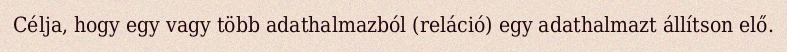
Célja, hogy egy vagy több adathalmazból (reláció) egy adathalmazt állítson elő.